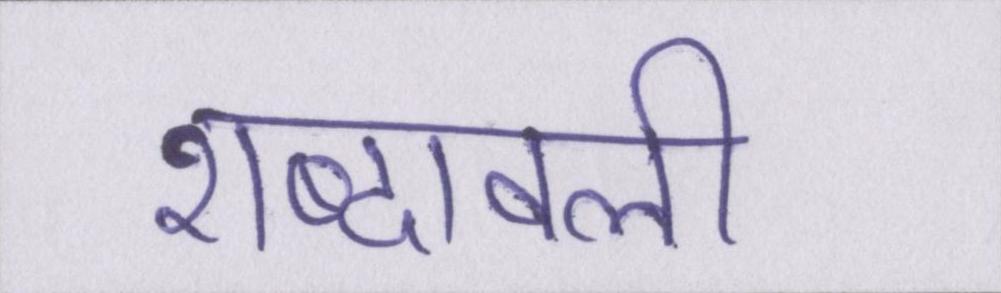
शब्दावली